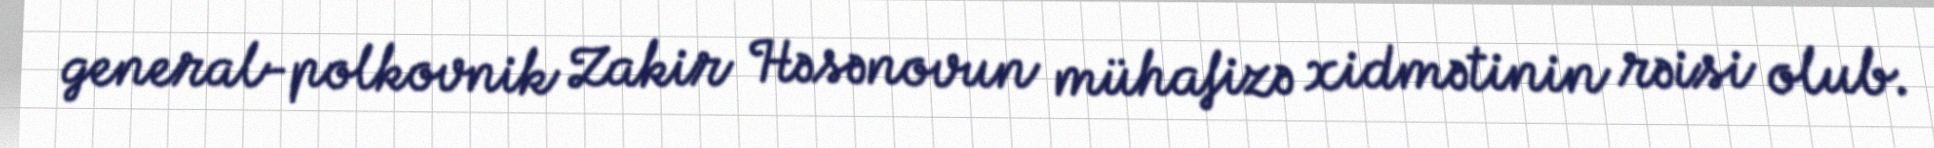
general-polkovnik Zakir Həsənovun mühafizə xidmətinin rəisi olub.